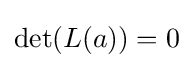
\det(L(a))=0